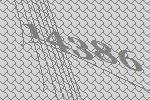
14386